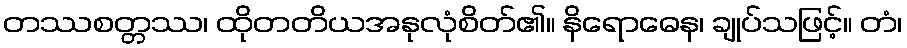
တဿစတ္တဿ၊ ထိုတတိယအနုလုံစိတ်၏။ နိရောဓေန၊ ချုပ်သဖြင့်။ တံ၊